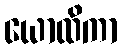
ယောထိကာ